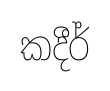
කදීර්